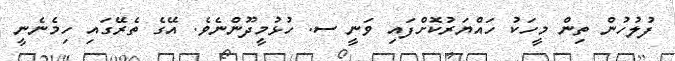
ފުލުހުން ތިން މީހަކު ހައްޔަރުކޮށްފައި ވަނީ ސ. ހުޅުމީދޫންނެވެ. އޭގެ ތެރޭގައި ހިމެނެނީ